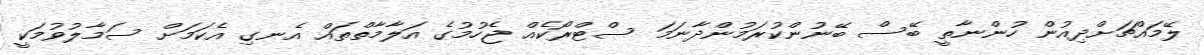
ލޭމައްޗަށްދިއުން ހުންނާތީ ބޭސް ބޭނުންކުރަމުންދާނަމަ ސްޓްރޯކެއް ޖެހުމުގެ އަލާމާތްތައް އެނގި އެކަމަށް ސަމާލުވުމަކީ